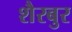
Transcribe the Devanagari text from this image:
शैरबुर